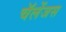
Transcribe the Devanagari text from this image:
चॅलेंजस